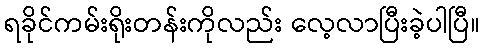
ရခိုင်ကမ်းရိုးတန်းကိုလည်း လေ့လာပြီးခဲ့ပါပြီ။